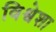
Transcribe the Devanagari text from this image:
विश्वेशा